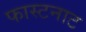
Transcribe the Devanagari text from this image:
फास्टनाट